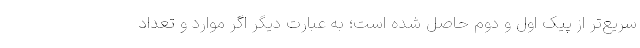
سریع‌تر از پیک اول و دوم حاصل شده است؛ به عبارت دیگر اگر موارد و تعداد